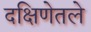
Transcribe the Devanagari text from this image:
दक्षिणेतले